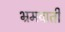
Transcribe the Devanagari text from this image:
भ्रमवाती